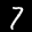
Label: 7